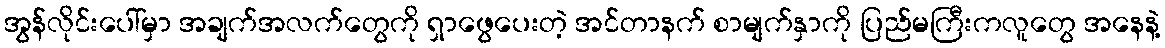
အွန်လိုင်းပေါ်မှာ အချက်အလက်တွေကို ရှာဖွေပေးတဲ့ အင်တာနက် စာမျက်နှာကို ပြည်မကြီးကလူတွေ အနေနဲ့